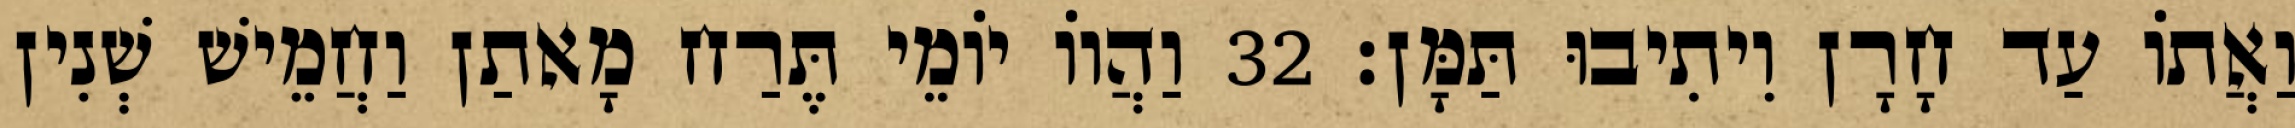
וַאֲתוֹ עַד חָרָן וִיתִיבוּ תַּמָּן׃ 32 וַהֲווֹ יוֹמֵי תֶּרַח מָאתַן וַחֲמֵישׁ שְׁנִין